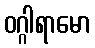
ဝဂ္ဂါရာမော